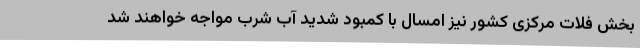
بخش فلات مرکزی کشور نیز امسال با کمبود شدید آب شرب مواجه خواهند شد